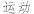
运动